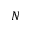
N